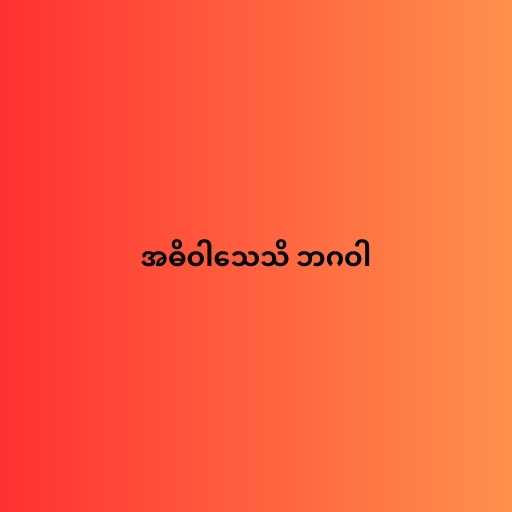
အဓိဝါသေသိ ဘဂဝါ